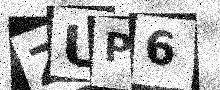
Text: ZUP6